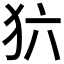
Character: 𰡁